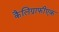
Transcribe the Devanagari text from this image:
कैलिग्राफीएक